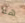
هنا